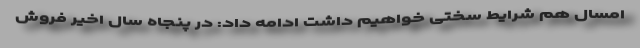
امسال هم شرایط سختی خواهیم داشت ادامه داد: در پنجاه سال اخیر فروش